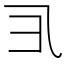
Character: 𱎀